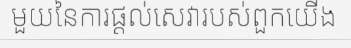
មួយនៃការផ្តល់សេវារបស់ពួកយើង